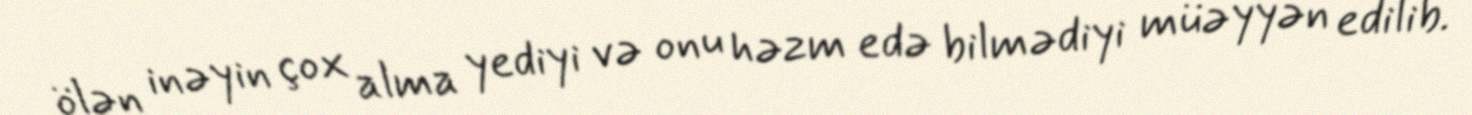
ölən inəyin çox alma yediyi və onu həzm edə bilmədiyi müəyyən edilib.